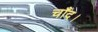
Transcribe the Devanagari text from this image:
चाँद।